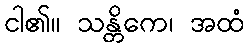
ငါ၏။ သန္တိကေ၊ အထံ